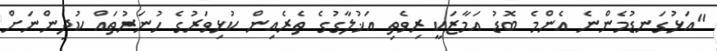
"އަޅުގަނޑުމެންނެ އެންމެ ބޮޑު އަމާޒަކީ ރިވެތި އަޚުލާގުގެ ތެރެއިން ކުޅިވަރުގެ ހުނަރުތައް ކުދިންނަށް